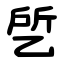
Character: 乺